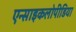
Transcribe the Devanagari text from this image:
एन्साइकलोपीडिया